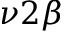
\nu 2 \beta